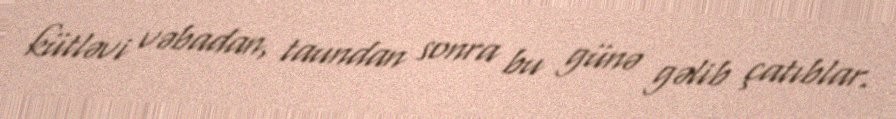
kütləvi vəbadan, taundan sonra bu günə gəlib çatıblar.